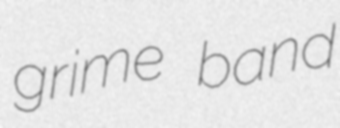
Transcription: grime band